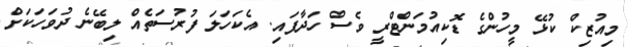
މިއުޒިކް ކުޅޭ މީހުންގެ ޑޮކިއުމަންޓްރީ ވެސް ހަދާފައި. އެކަހަލަ ފުރުސަތެއް ލިބޭނެ ދުވަހަކަށް